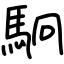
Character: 駉